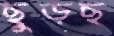
ছুড়ছ